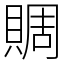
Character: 賙